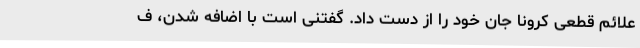
علائم قطعی کرونا جان خود را از دست داد. گفتنی است با اضافه شدن، ف